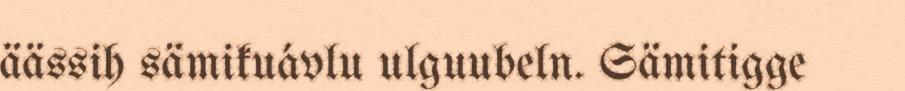
äässih sämikuávlu ulguubeln. Sämitigge